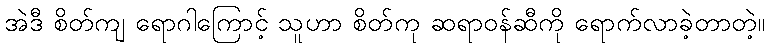
အဲဒီ စိတ်ကျ ရောဂါကြောင့် သူဟာ စိတ်ကု ဆရာဝန်ဆီကို ရောက်လာခဲ့တာတဲ့။